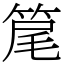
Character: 䇻